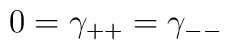
0=\gamma_{++}=\gamma_{--}